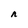
Character: n